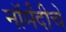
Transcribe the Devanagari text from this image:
नॉर्मंदीचे